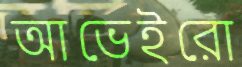
আভেইরো